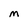
Character: M